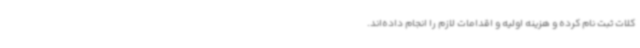
کلات ثبت نام کرده و هزینه اولیه و اقدامات لازم را انجام داده‌اند.